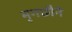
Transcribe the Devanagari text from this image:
मृगछौने